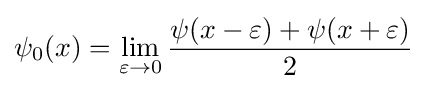
\psi _{0}(x)=\lim _{\varepsilon \to 0}{\frac {\psi (x-\varepsilon )+\psi (x+\varepsilon )}{2}}